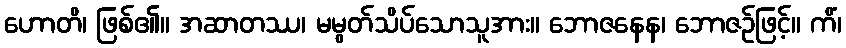
ဟောတိ၊ ဖြစ်၏။ အဆာတဿ၊ မမွတ်သိပ်သောသူအား။ ဘောဇနေန၊ ဘောဇဉ်ဖြင့်။ ကိံ၊